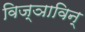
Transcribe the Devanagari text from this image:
विज्ञाविन्